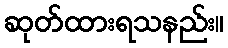
ဆုတ်ထားရသနည်း။